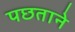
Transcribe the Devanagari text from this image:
पछताने